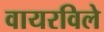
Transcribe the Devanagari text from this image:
वायरविले